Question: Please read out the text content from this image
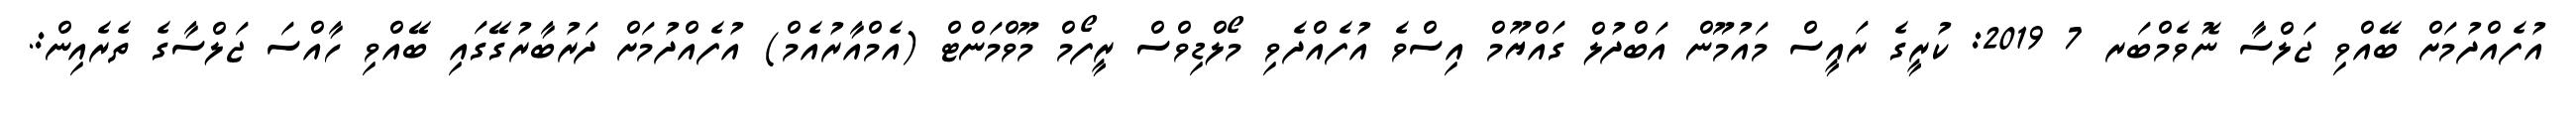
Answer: އުފެއްދުމަށް ބޭއްވި ޖަލްސާ ނޮވެމްބަރ 7 2019: ކުރީގެ ރައީސް މައުމޫން އަބްދުލް ގައްޔޫމް އިސްވެ އުފެއްދެވި މޯލްޑިވްސް ރީފޯމް މޫވްމަންޓް (އެމްއާރުއެމް) އުފެއްދުމަށް ދަރުބާރުގޭގައި ބޭއްވި ހާއްސަ ޖަލްސާގެ ތެރެއިން:.